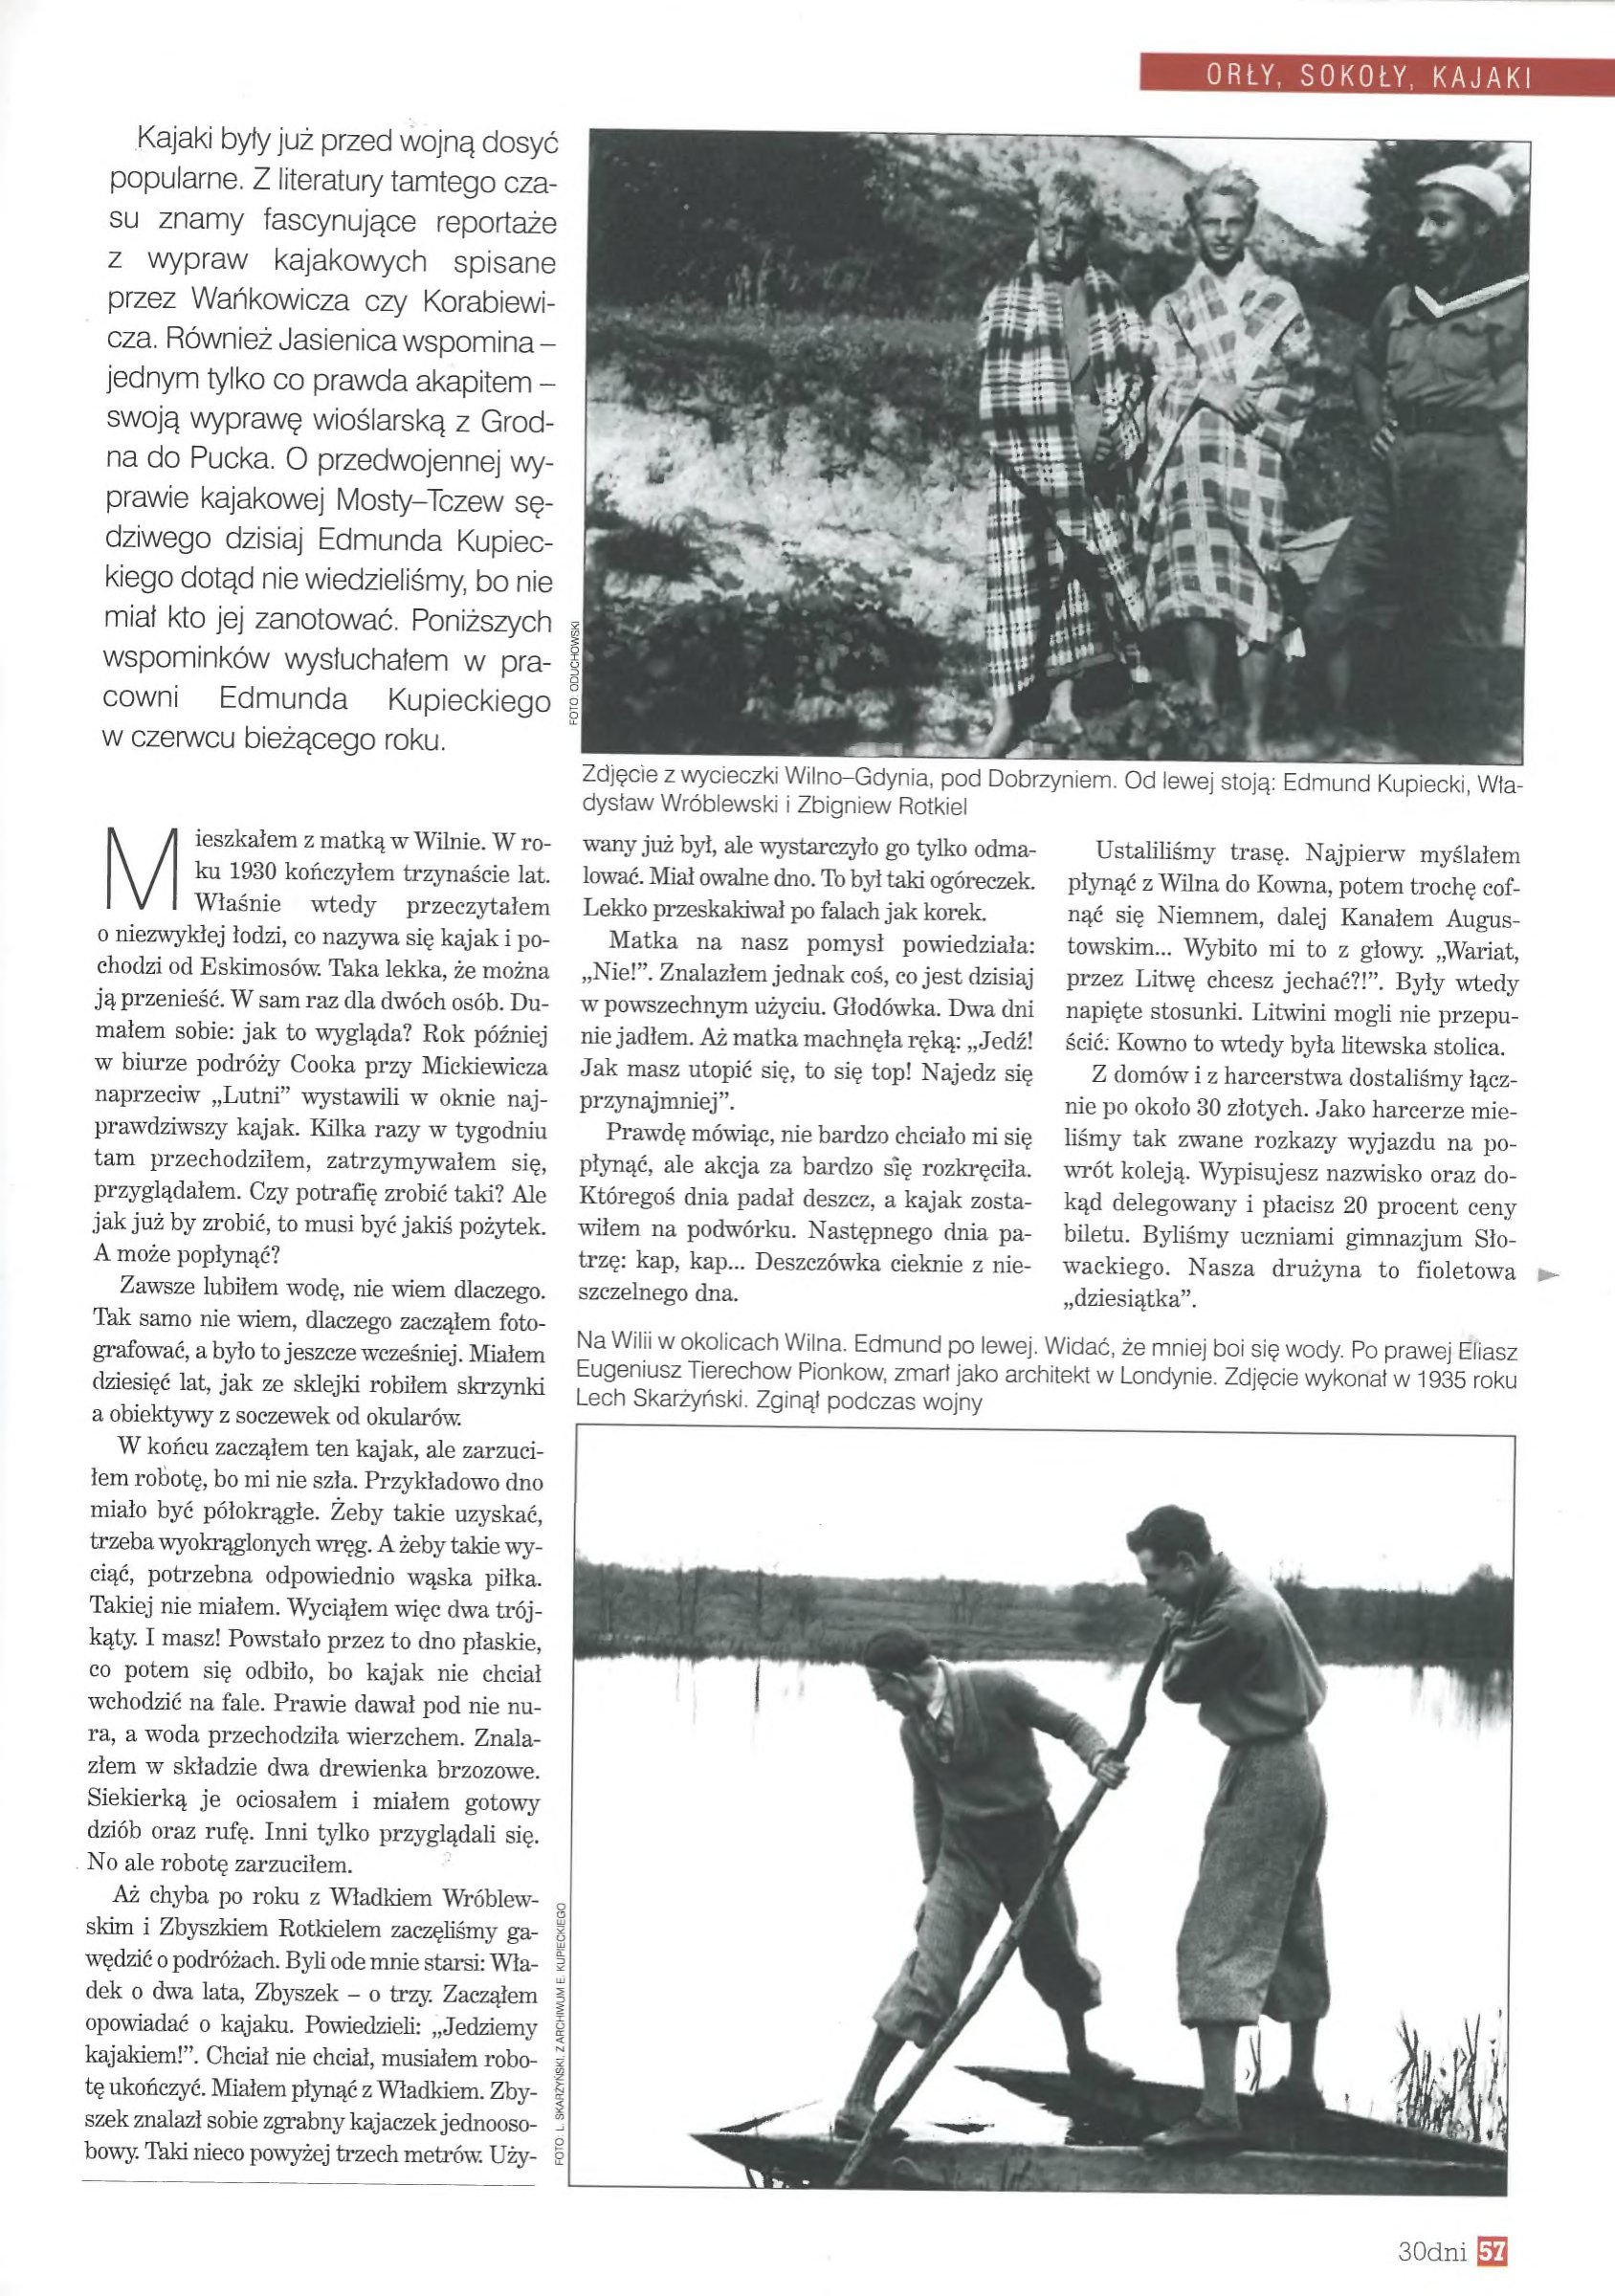
Language: pl